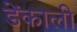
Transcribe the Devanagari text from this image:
डेंकाली